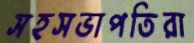
সহসভাপতিরা